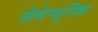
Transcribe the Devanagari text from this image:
लेवेन्युस्कि